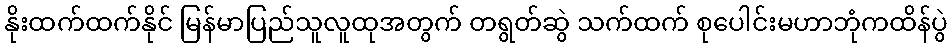
နိုးထက်ထက်နိုင် မြန်မာပြည်သူလူထုအတွက် တရွတ်ဆွဲ သက်ထက် စုပေါင်းမဟာဘုံကထိန်ပွဲ